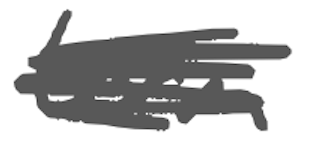
Text: term
Cross-out: scratch
Writing tool: digital_gray